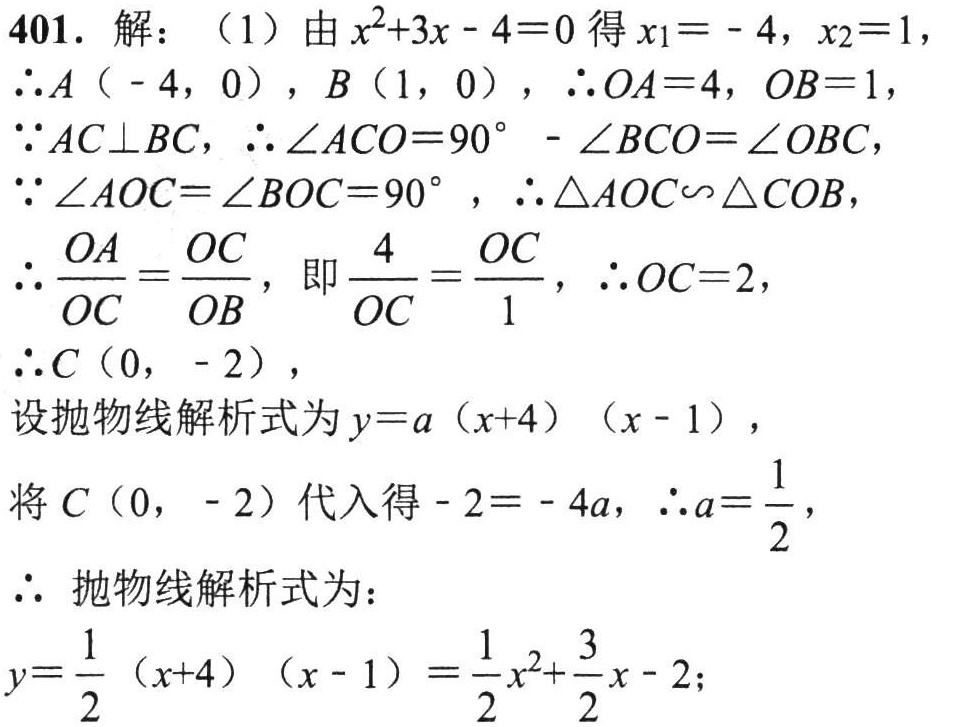
401. 解：（1）由\(x^{2}+3x - 4 = 0\)得\(x_{1} = - 4\)，\(x_{2} = 1\)，

\(\therefore A(-4,0)\)，\(B(1,0)\)，\(\therefore OA = 4\)，\(OB = 1\)，

\(\because AC\perp BC\)，\(\therefore\angle ACO = 90^{\circ}-\angle BCO=\angle OBC\)，

\(\because\angle AOC=\angle BOC = 90^{\circ}\)，\(\therefore\triangle AOC\sim\triangle COB\)，

\(\therefore\frac{OA}{OC}=\frac{OC}{OB}\)，即\(\frac{4}{OC}=\frac{OC}{1}\)，\(\therefore OC = 2\)，

\(\therefore C(0,-2)\)，

设抛物线解析式为\(y = a(x + 4)(x - 1)\)，

将\(C(0,-2)\)代入得\(-2=-4a\)，\(\therefore a=\frac{1}{2}\)，

\(\therefore\)抛物线解析式为：

\(y=\frac{1}{2}(x + 4)(x - 1)=\frac{1}{2}x^{2}+\frac{3}{2}x - 2\)；